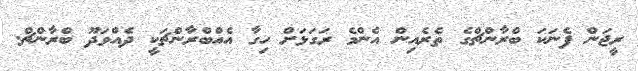
ރީޖަން ފެނަކަ ބްރާންޗްގެ ތެރެއިން އެންމެ ރަގަޅަށް ހިގާ އެއްބްރާންޗަކީ ދެއްވަދޫ ބްރާންޗް.